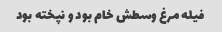
فیله مرغ وسطش خام بود و نپخته بود